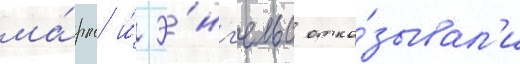
ма́ркс и́ э́нг'ельс отка́зывал'и